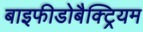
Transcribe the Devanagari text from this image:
बाइफीडोबैक्ट्रियम